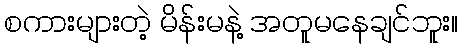
စကားများတဲ့ မိန်းမနဲ့ အတူမနေချင်ဘူး။